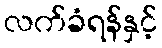
လက်ခံရန်နှင့်